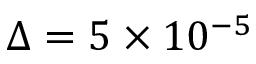
\Delta = 5 \times 1 0 ^ { - 5 }